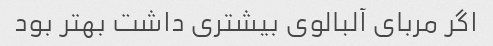
اگر مربای آلبالوی بیشتری داشت بهتر بود